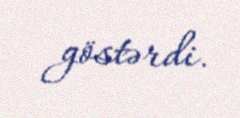
göstərdi.